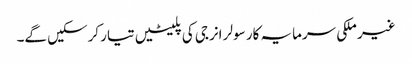
غیر ملکی سرمایہ کار سولر انرجی کی پلیٹیں تیار کرسکیں گے۔